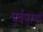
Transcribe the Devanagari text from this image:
पूर्वपुरूषों